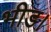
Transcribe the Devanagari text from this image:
भीड।